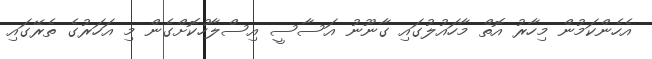
އެހެންކަމުން މިހާރު އޮތް މާހައުލުގައި ގާނޫނު އަސާސީ އިސްލާހުކޮށްގެން މި އަހަރުގެ ތެރޭގައި